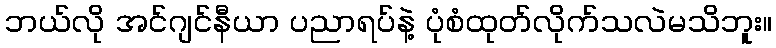
ဘယ်လို အင်ဂျင်နီယာ ပညာရပ်နဲ့ ပုံစံထုတ်လိုက်သလဲမသိဘူး။